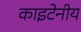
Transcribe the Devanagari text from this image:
काइटेनीय